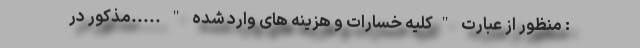
: منظور از عبارت "کلیه خسارات و هزینه های وارد شده " .....مذکور در